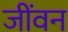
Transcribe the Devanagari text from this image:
जींवन